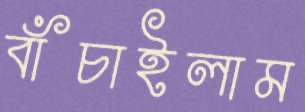
বাঁচাইলাম